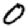
Digit: 0